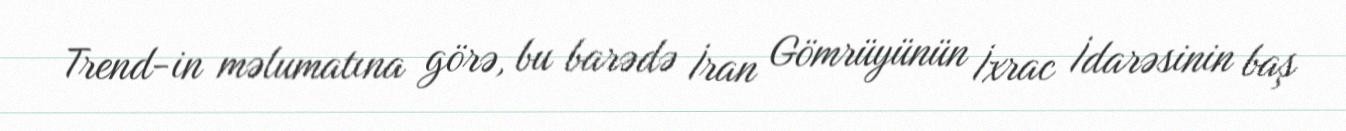
Trend-in məlumatına görə, bu barədə İran Gömrüyünün İxrac İdarəsinin baş